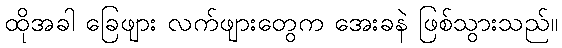
ထိုအခါ ခြေဖျား လက်ဖျားတွေက အေးခနဲ ဖြစ်သွားသည်။